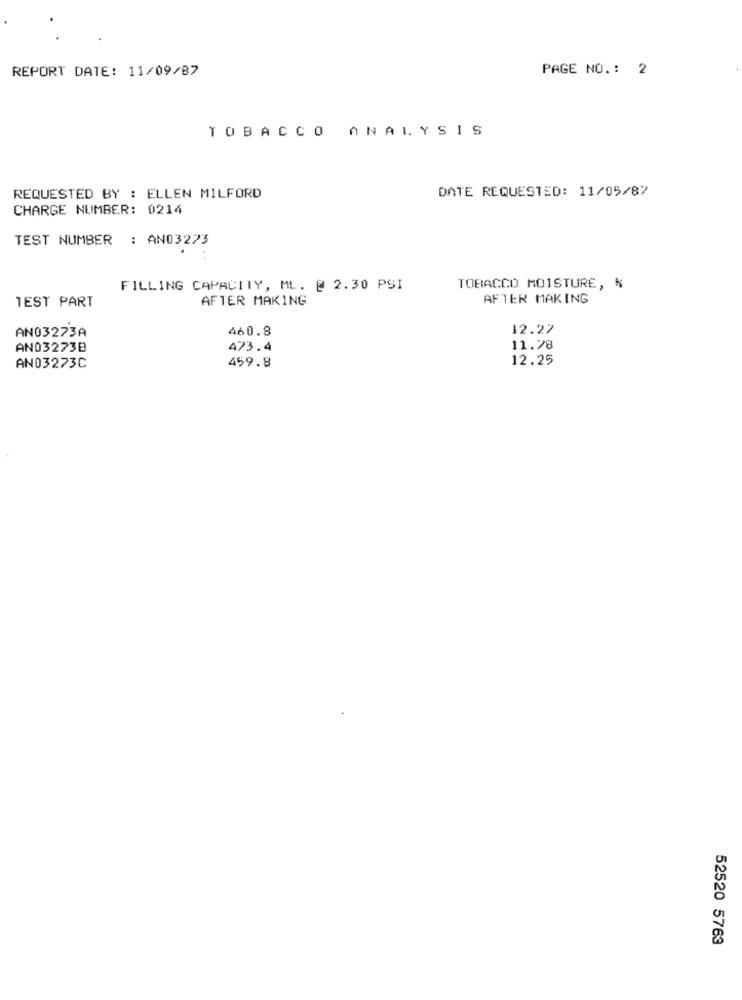
REPORT DATE: 11/09/87
PAGE NO. : 2
TOBACCO ANALYSIS
DATE REQUESTED: 11/05/87
REQUESTED BY : ELLEN MILFORD
CHARGE NUMBER: 0214
TEST NUMBER : AN03273
FILLING CAPACITY, ML. @ 2.30 PSI
TOBACCO MOISTURE, %
TEST PART
AFTER MAKING
AFTER MAKING
AN03273A
460.8
12.27
AN03273B
473.4
11.28
12.25
AN03273C
459.8
52520 5763